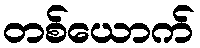
တစ်ယောက်